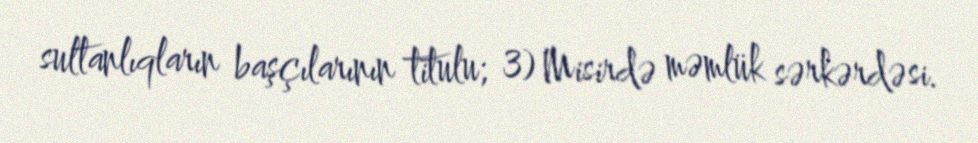
sultanlıqların başçılarının titulu; 3) Misirdə məmlük sərkərdəsi.